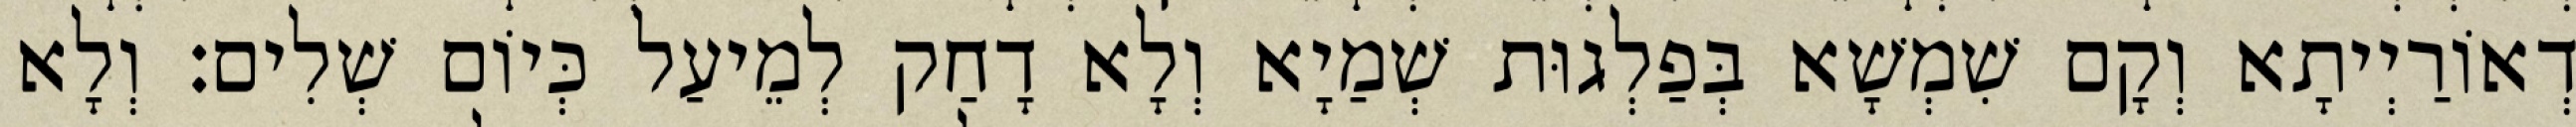
דְאוֹרַיְיתָא וְקָם שִׁמְשָׁא בְּפַלְגוּת שְׁמַיָא וְלָא דָחַק לְמֵיעַל כְּיוֹם שְׁלִים׃ וְלָא